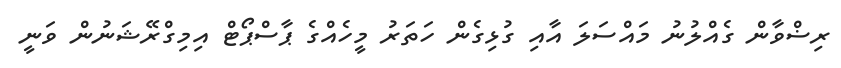
ރިޟްވާން ގެއްލުނު މައްސަލަ އާއި ގުޅިގެން ހަތަރު މީހެއްގެ ޕާސްޕޯޓް އިމިގްރޭޝަނުން ވަނީ